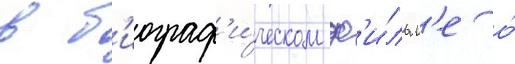
в б'иограф'и́ческом ф'и́льм'е о́